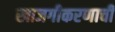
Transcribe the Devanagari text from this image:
खाजगीकरणाची